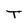
Character: T